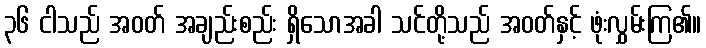
၃၆ ငါသည် အဝတ် အချည်းစည်း ရှိသောအခါ သင်တို့သည် အဝတ်နှင့် ဖုံးလွှမ်းကြ၏။